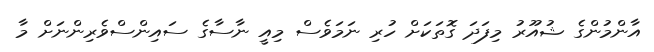
އާންމުންގެ ޝުއޫރު މިފަދަ ގޮތަކަށް ހުރި ނަމަވެސް މިއީ ނާސާގެ ސައިންސްވެރިންނަށް މާ